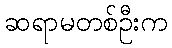
ဆရာမတစ်ဦးက